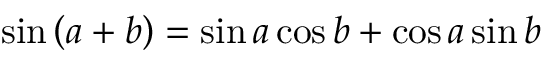
\sin \left( a + b \right) = \sin a \cos b + \cos a \sin b